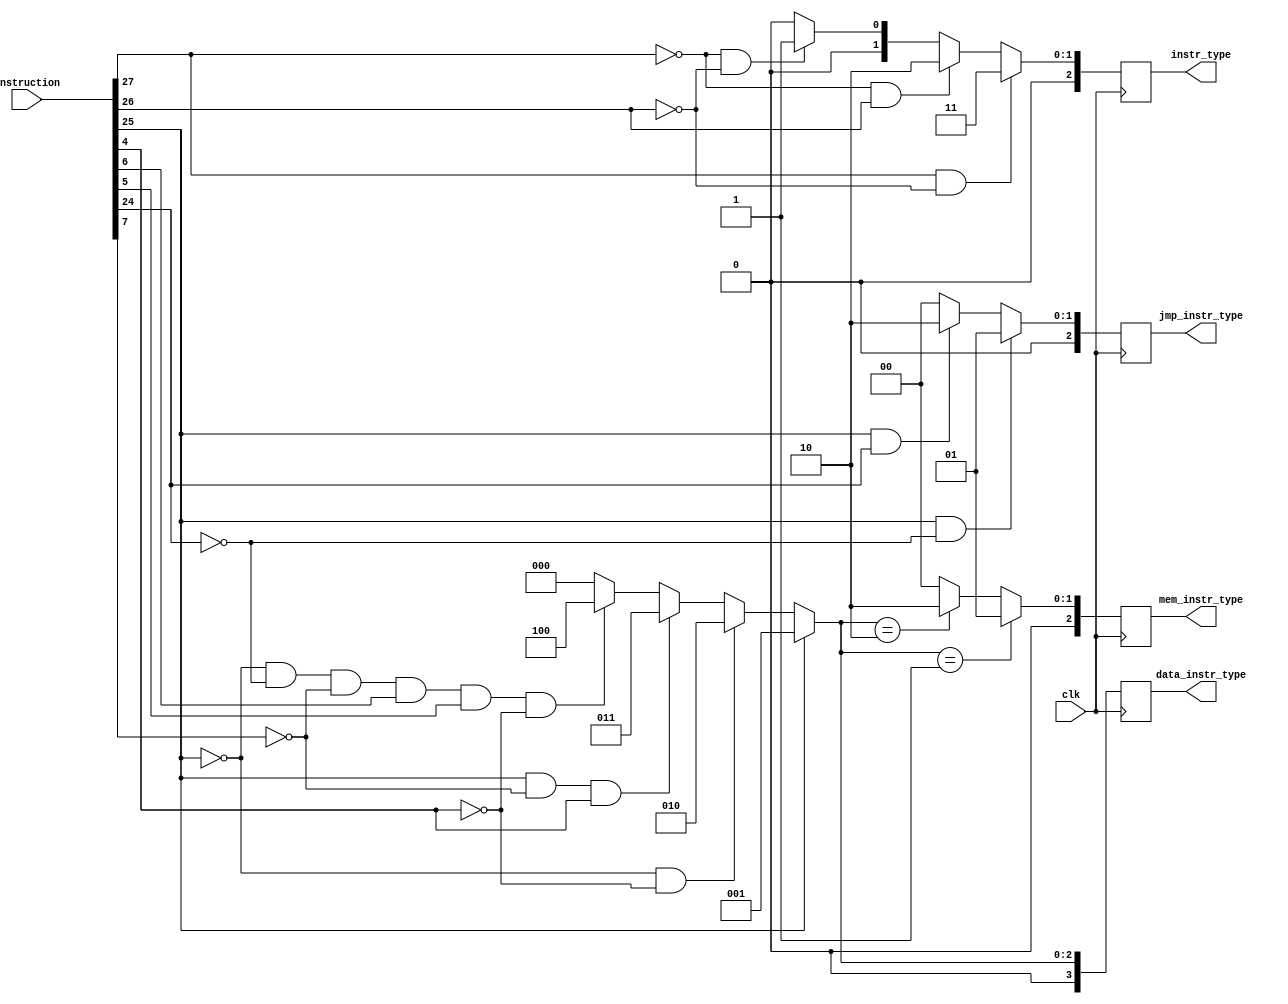

module INSTR_DATA(
	input clk,
	input wire[31:0] instruction,
	output reg[2:0] instr_type,
	output reg[3:0] data_instr_type,
	output reg[2:0] mem_instr_type,
	output reg[2:0] jmp_instr_type
    );


	always@(posedge clk) begin
		 instr_type = instruction[27] && !instruction[26] ? 2'b11 :
								  !instruction[27] && instruction[26] ? 2'b10 :
								  !instruction[27] && !instruction[26] ? 2'b01:
								  2'b00;
								  
		 data_instr_type = instruction[25] ? 3'b001 :
										  !instruction[25] && !instruction[4] ? 3'b010 : 
										  instruction[25] && !instruction[7] && instruction[4] ? 3'b011 : 
										  !instruction[25] && !instruction[24] && !instruction[7] && 
										  instruction[6] && instruction[5] && !instruction[4] ? 3'b100 : 
										  3'b000;
		
		mem_instr_type =  data_instr_type == 1 ? 1 : 
				  data_instr_type == 2 ? 2 : 
				  0;
								 
		 jmp_instr_type =  instruction[25] && !instruction[24] ? 2'b01 :
								 instruction[25] && instruction[24] ? 2'b10 : 
								 2'b00;
		 end

endmodule